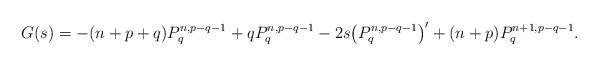
LaTeX: \begin{align*}G(s)=-(n+p+q)P_q^{n,p-q-1}+qP_q^{n,p-q-1}-2s\big(P_q^{n,p-q-1}\big)'+(n+p)P_q^{n+1,p-q-1}.\end{align*}